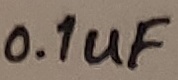
Text: 0.1uF